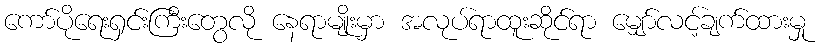
ကော်ပိုရေးရှင်းကြီးတွေလို နေရာမျိုးမှာ အလုပ်ရာထူးဆိုင်ရာ မျှော်လင့်ချက်ထားမှု